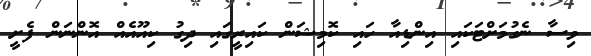
ވިސާ ނެގުމަށްޓަކައި އިންޑިއާ ހައި ކޮމިޝަން ކައިރީގައި ދިގު ކިއޫއެއް އޮންނަން ފެށީ